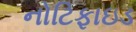
નોટિફાઇડ